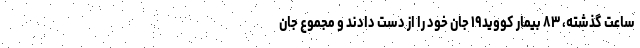
ساعت گذشته، ۸۳ بیمار کووید۱۹ جان خود را از دست دادند و مجموع جان